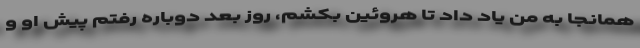
همانجا به من یاد داد تا هروئین بکشم، روز بعد دوباره رفتم پیش او و